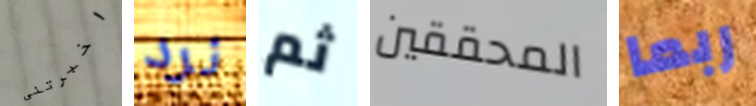
اخبرتنى نرد ثم المحققين ربما